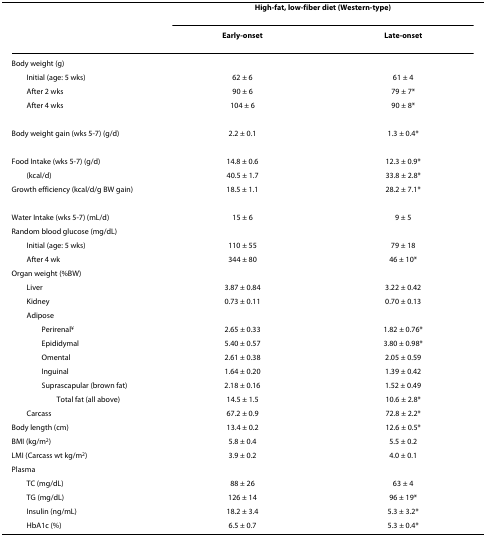
<table><thead><tr><td></td><td colspan="2"><b>High-fat, low-fiber diet (Western-type)</b></td></tr><tr><td></td><td><b>Early-onset</b></td><td><b>Late-onset</b></td></tr></thead><tbody><tr><td>Body weight (g)</td><td></td><td></td></tr><tr><td> Initial (age: 5 wks)</td><td>62 ± 6</td><td>61 ± 4</td></tr><tr><td> After 2 wks</td><td>90 ± 6</td><td>79 ± 7*</td></tr><tr><td> After 4 wks</td><td>104 ± 6</td><td>90 ± 8*</td></tr><tr><td>Body weight gain (wks 5-7) (g/d)</td><td>2.2 ± 0.1</td><td>1.3 ± 0.4*</td></tr><tr><td>Food Intake (wks 5-7) (g/d)</td><td>14.8 ± 0.6</td><td>12.3 ± 0.9*</td></tr><tr><td> (kcal/d)</td><td>40.5 ± 1.7</td><td>33.8 ± 2.8*</td></tr><tr><td>Growth efficiency (kcal/d/g BW gain)</td><td>18.5 ± 1.1</td><td>28.2 ± 7.1*</td></tr><tr><td>Water Intake (wks 5-7) (mL/d)</td><td>15 ± 6</td><td>9 ± 5</td></tr><tr><td>Random blood glucose (mg/dL)</td><td></td><td></td></tr><tr><td> Initial (age: 5 wks)</td><td>110 ± 55</td><td>79 ± 18</td></tr><tr><td> After 4 wk</td><td>344 ± 80</td><td>46 ± 10*</td></tr><tr><td>Organ weight (%BW)</td><td></td><td></td></tr><tr><td> Liver</td><td>3.87 ± 0.84</td><td>3.22 ± 0.42</td></tr><tr><td> Kidney</td><td>0.73 ± 0.11</td><td>0.70 ± 0.13</td></tr><tr><td> Adipose</td><td></td><td></td></tr><tr><td>Perirenal<sup>¥</sup></td><td>2.65 ± 0.33</td><td>1.82 ± 0.76*</td></tr><tr><td>Epididymal</td><td>5.40 ± 0.57</td><td>3.80 ± 0.98*</td></tr><tr><td>Omental</td><td>2.61 ± 0.38</td><td>2.05 ± 0.59</td></tr><tr><td>Inguinal</td><td>1.64 ± 0.20</td><td>1.39 ± 0.42</td></tr><tr><td>Suprascapular (brown fat)</td><td>2.18 ± 0.16</td><td>1.52 ± 0.49</td></tr><tr><td>Total fat (all above)</td><td>14.5 ± 1.5</td><td>10.6 ± 2.8*</td></tr><tr><td> Carcass</td><td>67.2 ± 0.9</td><td>72.8 ± 2.2*</td></tr><tr><td>Body length (cm)</td><td>13.4 ± 0.2</td><td>12.6 ± 0.5*</td></tr><tr><td>BMI (kg/m<sup>2</sup>)</td><td>5.8 ± 0.4</td><td>5.5 ± 0.2</td></tr><tr><td>LMI (Carcass wt kg/m<sup>2</sup>)</td><td>3.9 ± 0.2</td><td>4.0 ± 0.1</td></tr><tr><td>Plasma</td><td></td><td></td></tr><tr><td> TC (mg/dL)</td><td>88 ± 26</td><td>63 ± 4</td></tr><tr><td> TG (mg/dL)</td><td>126 ± 14</td><td>96 ± 19*</td></tr><tr><td> Insulin (ng/mL)</td><td>18.2 ± 3.4</td><td>5.3 ± 3.2*</td></tr><tr><td> HbA1c (%)</td><td>6.5 ± 0.7</td><td>5.3 ± 0.4*</td></tr></tbody></table>